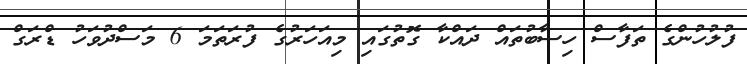
ފުލުހުންގެ ތަފާސް ހިސާބުތައް ދައްކާ ގޮތުގައި މިއަހަރުގެ ފުރަތަމަ 6 މަސްދުވަހު ޑްރަގް